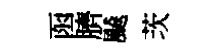
函臍飇茨